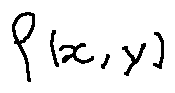
f ( x , y )